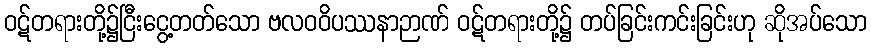
ဝဋ်တရားတို့၌ငြီးငွေ့တတ်သော ဗလဝဝိပဿနာဉာဏ် ဝဋ်တရားတို့၌ တပ်ခြင်းကင်းခြင်းဟု ဆိုအပ်သော